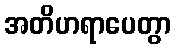
အတိဟရာပေတွာ